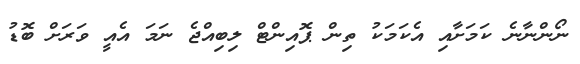
ނޯންނާނެ ކަމަށާއި އެކަމަކު ތިން ޕޮއިންޓް ލިބިއްޖެ ނަމަ އެއީ ވަރަށް ބޮޑު